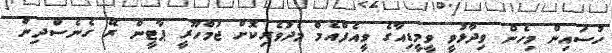
ހުސައިން މިހެން ވިދާޅުވީ ވީމީޑިއާގެ ވީއެފްއެމް މެދުވެރިކޮށް ޖުމްހޫރީ ޕާޓީން ރޭ ގެނެސްދިން